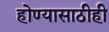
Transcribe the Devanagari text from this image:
होण्यासाठीही